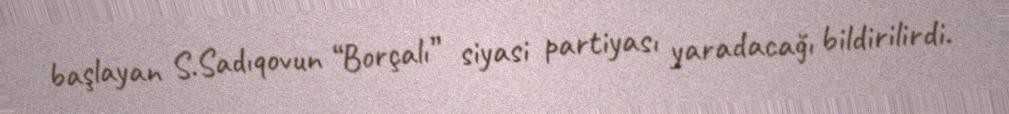
başlayan S.Sadıqovun “Borçalı” siyasi partiyası yaradacağı bildirilirdi.